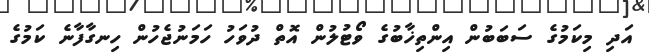
އަދި މިކަމުގެ ސަބަބުން އިންތިޚާބުގެ ވޯޓުލުން އޮތް ދުވަހު ހަމަނުޖެހުން ހިނގާފާނެ ކަމުގެ